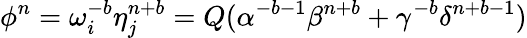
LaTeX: \phi^{n}=\omega_{i}^{-b}\eta_{j}^{n+b}=Q(\alpha^{-b-1}\beta^{n+b}+\gamma^{-b}\delta^{n+b-1})